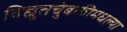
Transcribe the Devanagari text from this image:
विद्युतचुंबकीमधल्या